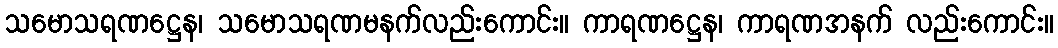
သမောသရဏဋ္ဌေန၊ သမောသရဏမနက်လည်းကောင်း။ ကာရဏဋ္ဌေန၊ ကာရဏအနက် လည်းကောင်း။